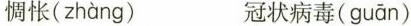
惆怅( zhàng ) 冠状病毒( guān )